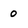
Character: O